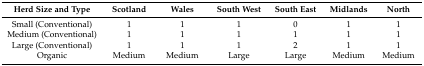
<table><thead><tr><td><b>Herd Size and Type</b></td><td><b>Scotland</b></td><td><b>Wales</b></td><td><b>South West</b></td><td><b>South East</b></td><td><b>Midlands</b></td><td><b>North</b></td></tr></thead><tbody><tr><td>Small (Conventional)</td><td>1</td><td>1</td><td>1</td><td>0</td><td>1</td><td>1</td></tr><tr><td>Medium (Conventional)</td><td>1</td><td>1</td><td>1</td><td>1</td><td>1</td><td>1</td></tr><tr><td>Large (Conventional)</td><td>1</td><td>1</td><td>1</td><td>2</td><td>1</td><td>1</td></tr><tr><td>Organic</td><td>Medium</td><td>Medium</td><td>Large</td><td>Large</td><td>Medium</td><td>Medium</td></tr></tbody></table>